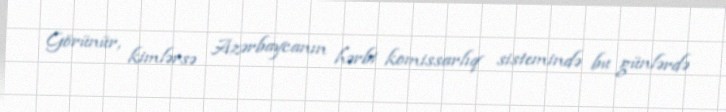
Görünür, kimlərsə Azərbaycanın hərbi komissarlıq sistemində bu günlərdə